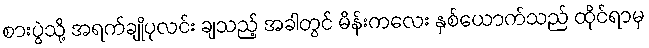
စားပွဲသို့ အရက်ချိုပုလင်း ချသည့် အခါတွင် မိန်းကလေး နှစ်ယောက်သည် ထိုင်ရာမှ